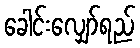
ခေါင်းလျှော်ရည်